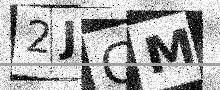
Text: 2JGM